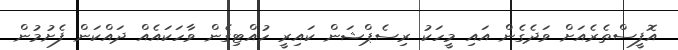
އޮފީސްތެރެއަށް ވަދެގެން އައި މީހަކު ރިސެޕްޝަން ކައިރީ ހުއްޓިގެން ވާހަކައެއް ދައްކަން ފެށުމުން